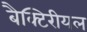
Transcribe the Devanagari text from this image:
बैक्टिरीयल